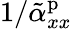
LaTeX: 1/\tilde{\alpha}_{xx}^{\mathrm{p}}